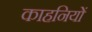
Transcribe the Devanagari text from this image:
काहनियों